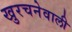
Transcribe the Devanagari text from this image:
खुरचनेवाली